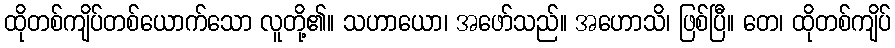
ထိုတစ်ကျိပ်တစ်ယောက်သော လူတို့၏။ သဟာယော၊ အဖော်သည်။ အဟောသိ၊ ဖြစ်ပြီ။ တေ၊ ထိုတစ်ကျိပ်